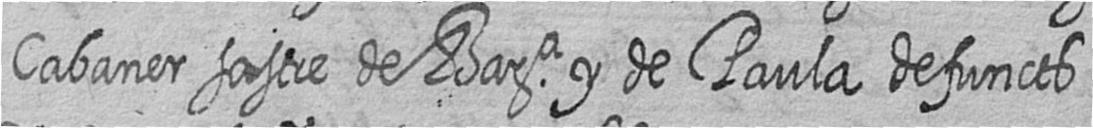
Cabaner sastre de Bara y de Paula defuncts